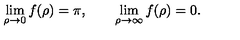
\lim _ { \rho \rightarrow 0 } f ( \rho ) = \pi , \qquad \lim _ { \rho \rightarrow \infty } f ( \rho ) = 0 .